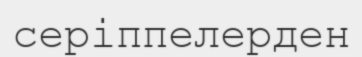
серіппелерден